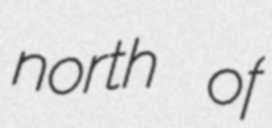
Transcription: north of